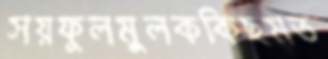
সয়ফুলমুলককিছমত